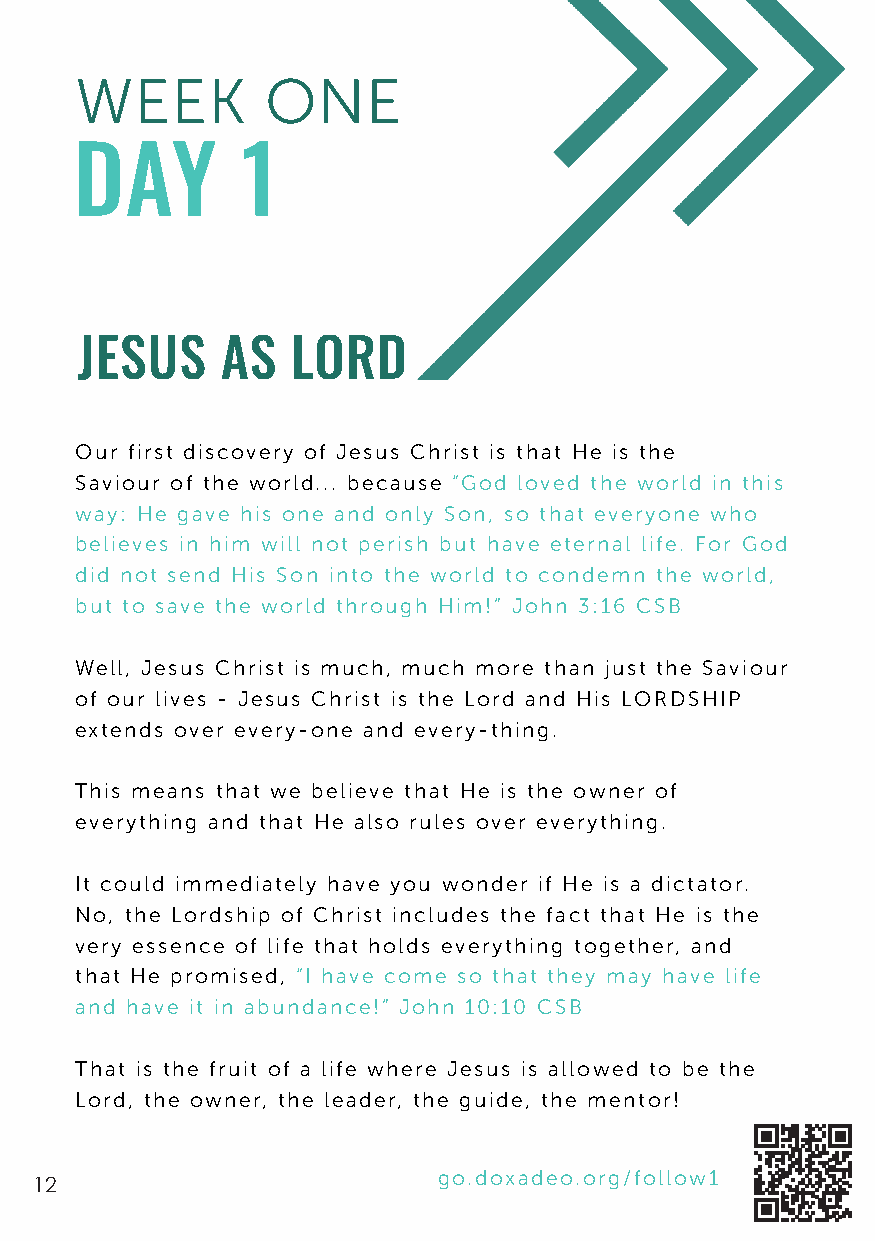
WEEK         ONE
 DAY        1
 JESUS     AS  LORD
 Our first discovery of Jesus Christ is that He is the
 Saviour of the world... because “God loved the world in this
 way: He gave his one and only Son, so that everyone who
 believes in him will not perish but have eternal life. For God
 did not send His Son into the world to condemn the world,
 but to save the world through Him!” John 3:16 CSB
 Well, Jesus Christ is much, much more than just the Saviour
 of our lives - Jesus Christ is the Lord and His LORDSHIP
 extends over every-one and every-thing.
 This means that we believe that He is the owner of
 everything and that He also rules over everything.
 It could immediately have you wonder if He is a dictator.
 No, the Lordship of Christ includes the fact that He is the
 very essence of life that holds everything together, and
 that He promised, “I have come so that they may have life
 and have it in abundance!” John 10:10 CSB
 That is the fruit of a life where Jesus is allowed to be the
 Lord, the owner, the leader, the guide, the mentor!
 go.doxadeo.org/follow1
 12